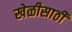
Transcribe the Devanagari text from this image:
खेळीसाठी